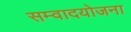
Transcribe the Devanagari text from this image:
सम्वादयोजना